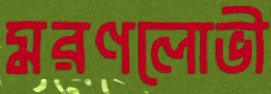
মরণলোভী